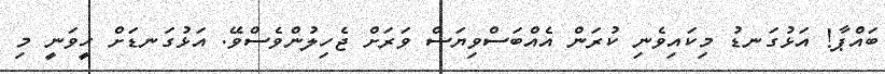
ބައްޕާ! އަޅުގަނޑު މިކައިވެނި ކުރަން އެއްބަސްވިޔަސް ވަރަށް ޖެހިލުންވެސްވޭ. އަޅުގަނޑަށް ހީވަނީ މި